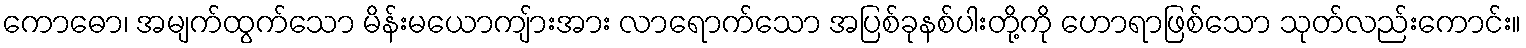
ကောဓော၊ အမျက်ထွက်သော မိန်းမယောကျ်ားအား လာရောက်သော အပြစ်ခုနစ်ပါးတို့ကို ဟောရာဖြစ်သော သုတ်လည်းကောင်း။